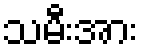
သမီးအား